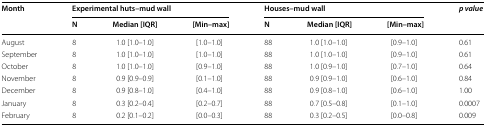
<table><thead><tr><td rowspan="2"><b>Month</b></td><td colspan="3"><b>Experimental huts–mud wall</b></td><td colspan="3"><b>Houses–mud wall</b></td><td rowspan="2"><b><i>p value</i></b></td></tr><tr><td><b>N</b></td><td><b>Median [IQR]</b></td><td><b>[Min–max]</b></td><td><b>N</b></td><td><b>Median [IQR]</b></td><td><b>[Min–max]</b></td></tr></thead><tbody><tr><td>August</td><td>8</td><td>1.0 [1.0–1.0]</td><td>[1.0–1.0]</td><td>88</td><td>1.0 [1.0–1.0]</td><td>[0.9–1.0]</td><td>0.61</td></tr><tr><td>September</td><td>8</td><td>1.0 [1.0–1.0]</td><td>[1.0–1.0]</td><td>88</td><td>1.0 [1.0–1.0]</td><td>[0.9–1.0]</td><td>0.61</td></tr><tr><td>October</td><td>8</td><td>1.0 [1.0–1.0]</td><td>[0.9–1.0]</td><td>88</td><td>1.0 [0.9–1.0]</td><td>[0.7–1.0]</td><td>0.64</td></tr><tr><td>November</td><td>8</td><td>0.9 [0.9–0.9]</td><td>[0.1–1.0]</td><td>88</td><td>0.9 [0.9–1.0]</td><td>[0.6–1.0]</td><td>0.84</td></tr><tr><td>December</td><td>8</td><td>0.9 [0.8–1.0]</td><td>[0.4–1.0]</td><td>88</td><td>0.9 [0.8–1.0]</td><td>[0.6–1.0]</td><td>1.00</td></tr><tr><td>January</td><td>8</td><td>0.3 [0.2–0.4]</td><td>[0.2–0.7]</td><td>88</td><td>0.7 [0.5–0.8]</td><td>[0.1–1.0]</td><td>0.0007</td></tr><tr><td>February</td><td>8</td><td>0.2 [0.1–0.2]</td><td>[0.0–0.3]</td><td>88</td><td>0.3 [0.2–0.5]</td><td>[0.0–0.8]</td><td>0.009</td></tr></tbody></table>